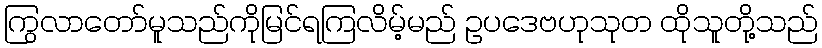
ကြွလာတော်မူသည်ကိုမြင်ရကြလိမ့်မည် ဥပဒေဗဟုသုတ ထိုသူတို့သည်